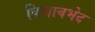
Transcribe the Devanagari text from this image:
विभावभेद